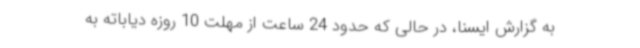
به گزارش ایسنا، در حالی که حدود 24 ساعت از مهلت 10 روزه دیاباته به